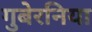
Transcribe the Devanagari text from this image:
गुबेरनिया